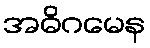
အဓိဂမေန